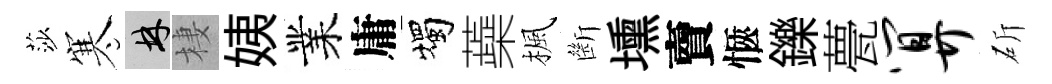
莎寒林棲姨業庸燭蘃楓㫁壎𧶠愜鑠甍算斫